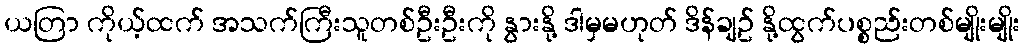
ယတြာ ကိုယ့်ထက် အသက်ကြီးသူတစ်ဦးဦးကို နွားနို့ ဒါမှမဟုတ် ဒိန်ချဥ် နို့ထွက်ပစ္စည်းတစ်မျိုးမျိုး